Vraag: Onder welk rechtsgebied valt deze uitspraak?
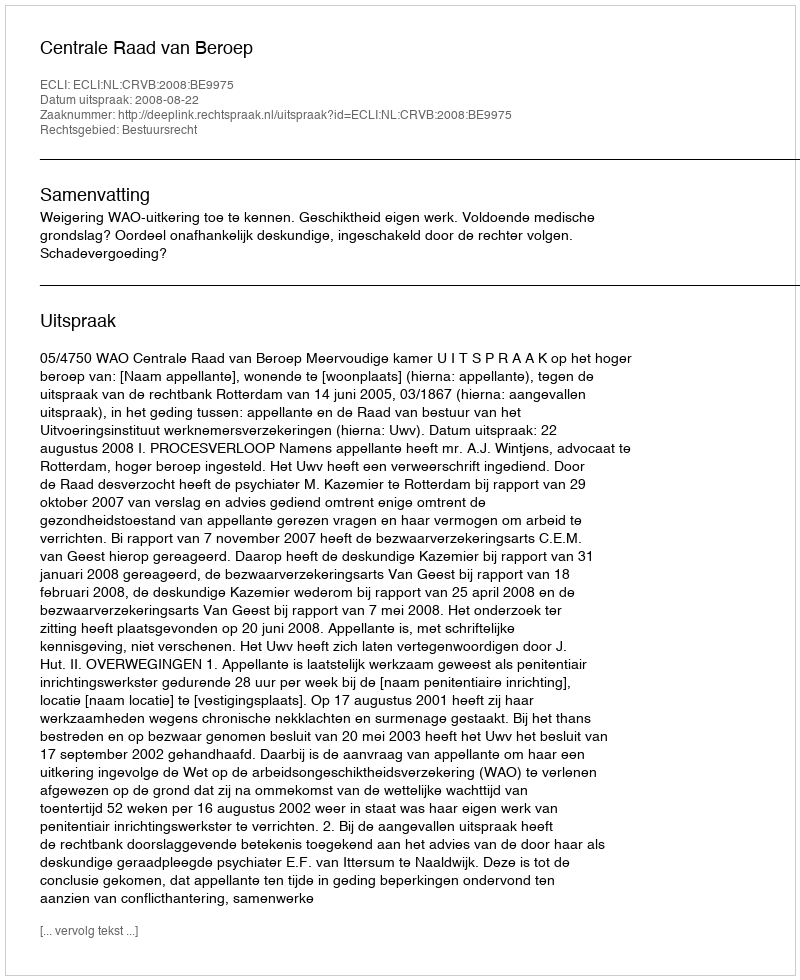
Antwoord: Bestuursrecht